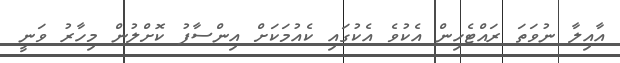
އާއިލާ ނުވަަތަ ރައްޓެހިން އެކުވެ އެކުގައި ކެއުމަކަށް އިންސާފު ކޮށްލުން މިހާރު ވަނީ